Scientific memoirs by medical officers of the Army of India - Part VIII,
Year: 1894
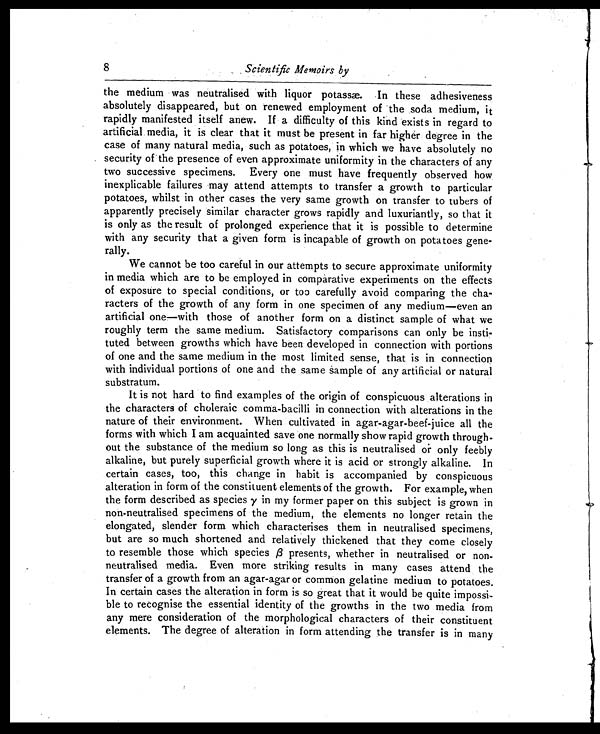
8
Scientific Memoirs by
the medium was neutralised with liquor potass. In these adhesiveness
absolutely disappeared, but on renewed employment of the soda medium, it
rapidly manifested itself anew. If a difficulty of this kind exists in regard to
artificial media, it is clear that it must be present in far higher degree in the
case of many natural media, such as potatoes, in which we have absolutely no
security of the presence of even approximate uniformity in the characters of any
two successive specimens. Every one must have frequently observed how.
inexplicable failures may attend attempts to transfer a growth to particular
potatoes, whilst in other cases the very same growth on transfer to tubers of
apparently precisely similar character grows rapidly and luxuriantly, so that it
is only as the result of prolonged experience that it is possible to determine
with any security that a given form is incapable of growth on potatoes gene-
rally.
We cannot be too careful in our attempts to secure approximate uniformity
in media which are to be employed in comparative experiments on the effects
of exposure to special conditions, or too carefully avoid comparing the cha-
racters of the growth of any form in one specimen of any medium—even an
artificial one—with those of another form on a distinct sample of what we
roughly term the same medium. Satisfactory comparisons can only be insti-
tuted between growths which have been developed in connection with portions
of one and the same medium in the most limited sense, that is in connection
with individual portions of one and the same sample of any artificial or natural
substratum.
It is not hard to find examples of the origin of conspicuous alterations in
the characters of choleraic comma-bacilli in connection with alterations in the
nature of their environment. When cultivated in agar-agar-beef-juice all the
forms with which I am acquainted save one normally show rapid growth through-
out the substance of the medium so long as this is neutralised or only feebly
alkaline, but purely superficial growth where it is acid or strongly alkaline. In
certain cases, too, this change in habit is accompanied by conspicuous
alteration in form of the constituent elements of the growth. For example, when
the form described as species γ in my former paper on this subject is grown in
non-neutralised specimens of the medium, the elements no longer retain the
elongated, slender form which characterises them in neutralised specimens,
but are so much shortened and relatively thickened that they come closely
to resemble those which species β presents, whether in neutralised or non-
neutralised media. Even more striking results in many cases attend the
transfer of a growth from an agar-agar or common gelatine medium to potatoes.
In certain cases the alteration in form is so great that it would be quite impossi-
ble to recognise the essential identity of the growths in the two media from
any mere consideration of the morphological characters of their constituent
elements. The degree of alteration in form attending the transfer is in many